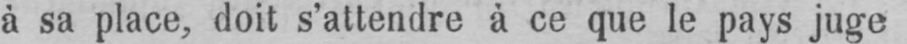
à sa place, doit s’attendre à ce que le pays juge